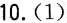
10.(1)